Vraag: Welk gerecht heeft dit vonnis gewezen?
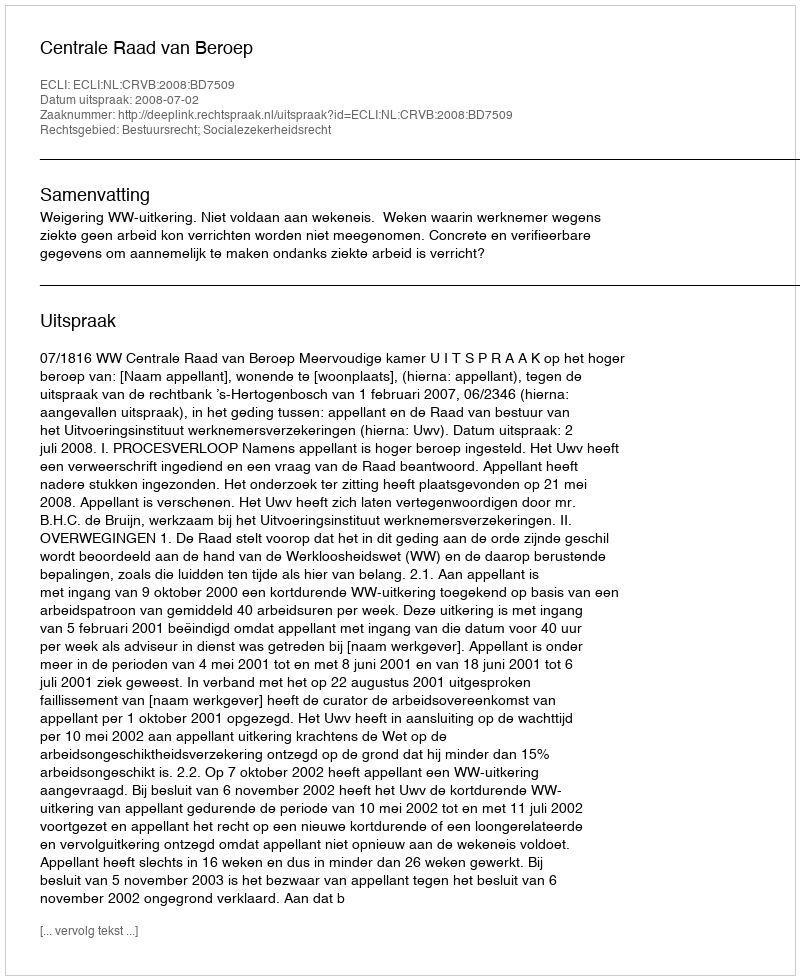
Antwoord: Centrale Raad van Beroep